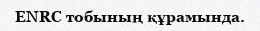
ENRC тобының құрамында.